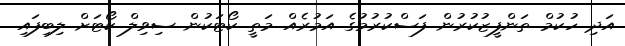
އަދި ހުކުމް ތަންފީޒުކުރުން ފަސްކުރުމުގެ އަމުރެއް މަތީ ކޯޓަކުން ސިވިލް ކޯޓަށް ލިބިފައި